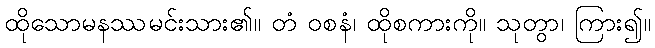
ထိုသောမနဿမင်းသား၏။ တံ ဝစနံ၊ ထိုစကားကို။ သုတွာ၊ ကြား၍။